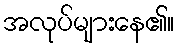
အလုပ်များနေ၏။